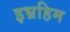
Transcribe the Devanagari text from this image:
इभ्रहिम